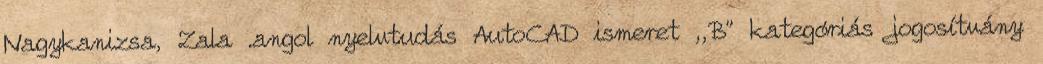
Nagykanizsa, Zala .angol nyelvtudás AutoCAD ismeret ,,B" kategóriás jogosítvány